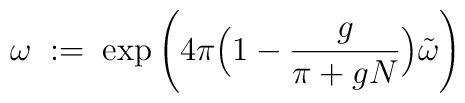
\omega \; := \; \exp \left( 4 \pi \Big( 1 - \frac{g}{\pi + gN} \Big)\tilde{\omega}\right)